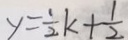
y = \frac { 1 } { 2 } k + \frac { 1 } { 2 }